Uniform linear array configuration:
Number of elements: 16
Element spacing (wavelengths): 0.75
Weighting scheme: kaiser
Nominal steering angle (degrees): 15
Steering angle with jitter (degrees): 14.875
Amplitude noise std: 0.05
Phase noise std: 0.05

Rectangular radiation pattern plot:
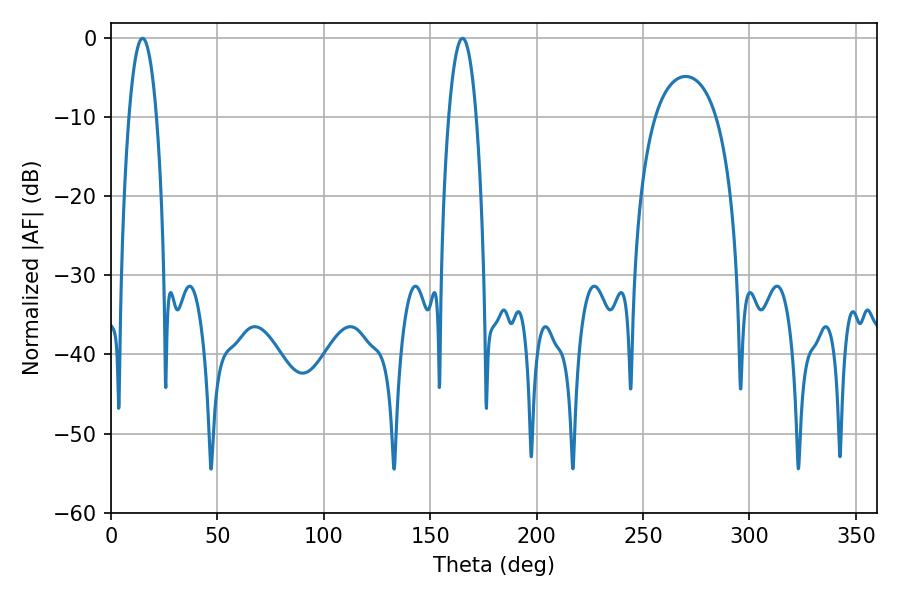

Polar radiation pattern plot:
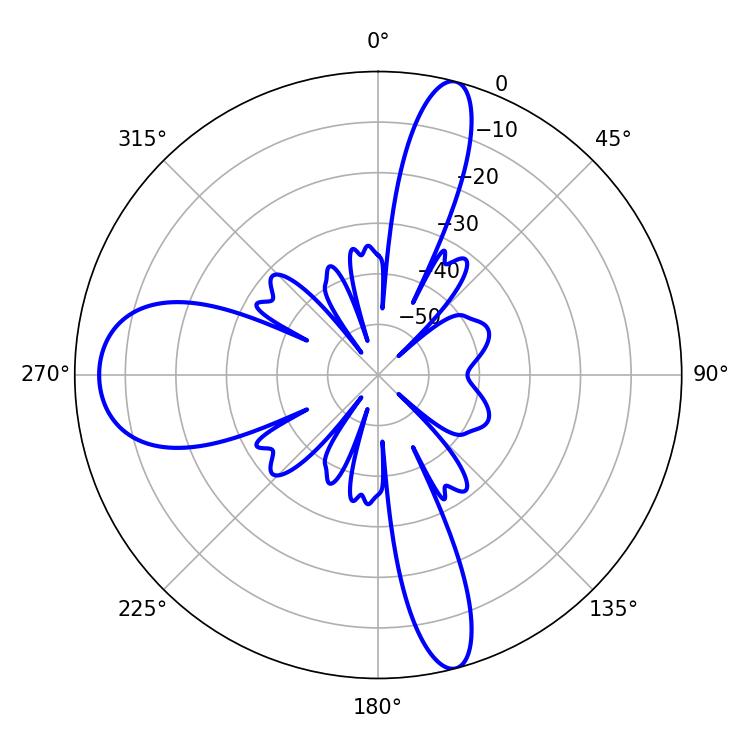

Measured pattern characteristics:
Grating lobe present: TRUE
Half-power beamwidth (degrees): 7.02
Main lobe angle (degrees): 165.24